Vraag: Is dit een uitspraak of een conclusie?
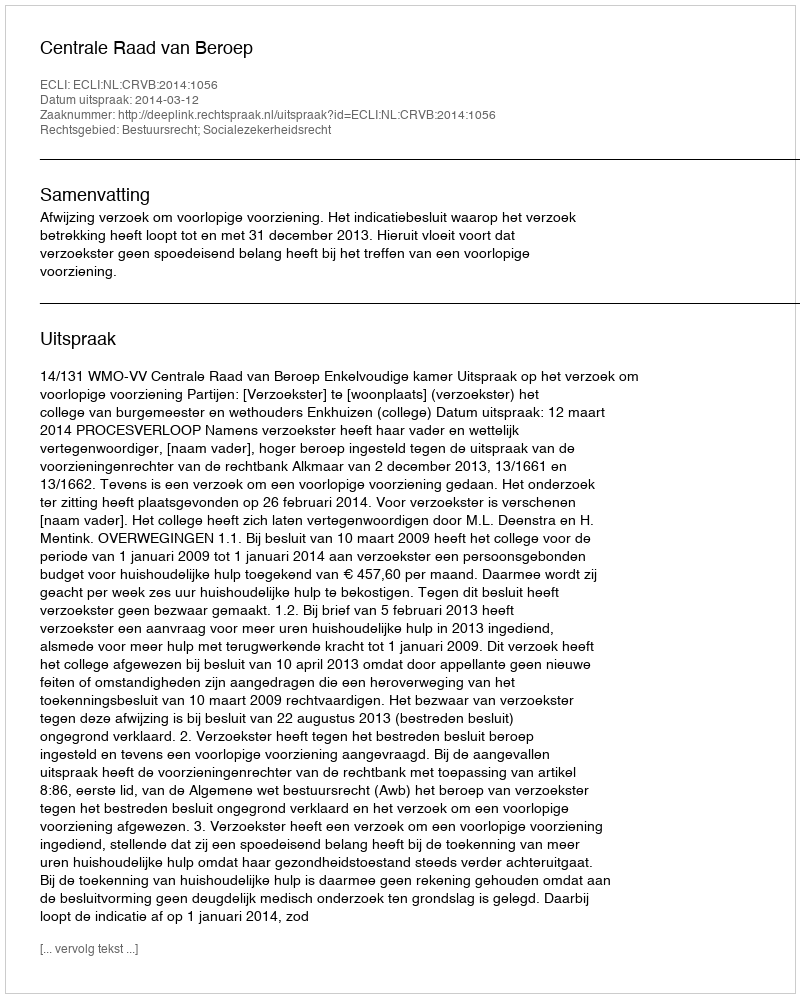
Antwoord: Uitspraak